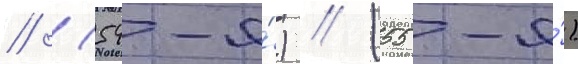
// (54-я́) // (55-я́)